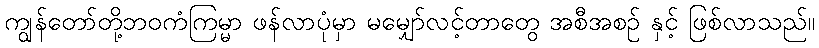
ကျွန်တော်တို့ဘဝကံကြမ္မာ ဖန်လာပုံမှာ မမျှော်လင့်တာတွေ အစီအစဉ် နှင့် ဖြစ်လာသည်။